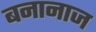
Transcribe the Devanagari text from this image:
बनानाज